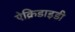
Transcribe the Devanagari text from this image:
ऐक्रिडाइडी